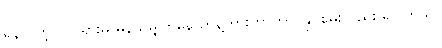
ရန်လိုတဲ့ လှုပ်ရှားမှု မှန်သမျှကနေ ဟန့်တားကာကွယ်နိုင်စွမ်းလည်း ရှိပါတယ်။